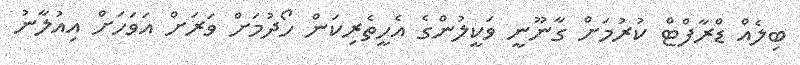
ބިލެއް ޑްރާފްޓް ކުރުމަށް ގާނޫނީ ވަކީލުންގެ އެހީތެރިކަން ހޯދުމަށް ވަރަށް އަވަހަށް އިއުލާނު